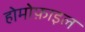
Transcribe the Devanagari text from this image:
होमोफ़ाइल